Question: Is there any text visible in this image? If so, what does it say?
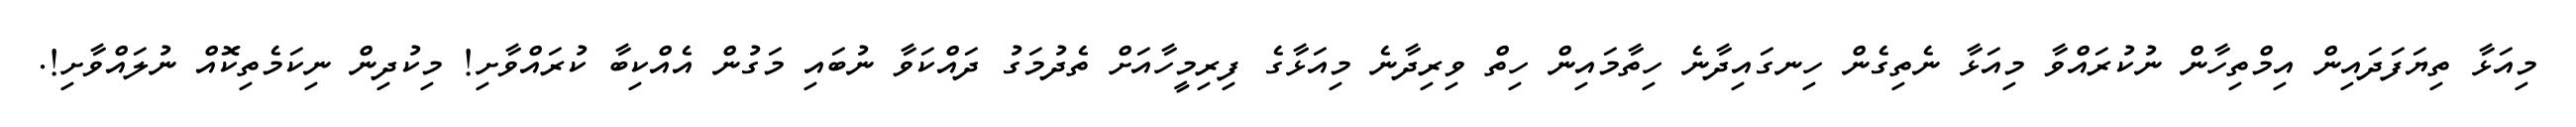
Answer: މިއަޅާ ތިޔަފަދައިން އިމްތިހާން ނުކުރައްވާ މިއަޅާ ނެތިގެން ހިނގައިދާނެ ހިތާމައިން ހިތް ވިރިދާނެ މިއަޅާގެ ފިރިމީހާއަށް ތެދުމަގު ދައްކަވާ ނުބައި މަގުން އެއްކިބާ ކުރައްވާށި! މިކުދިން ނިކަމެތިކޮއް ނުލައްވާށި!.